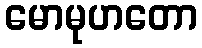
မောမုဟတော